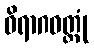
ဝိရာဂဝတ္ထုံ